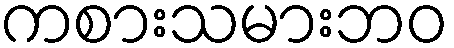
ကစားသမားဘဝ